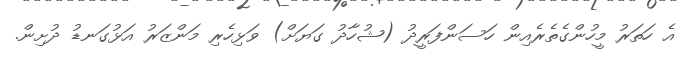
އެ ހަތަރު މީހުންގެތެރެއިން ހަސަންފަރީދު (ޝުހާދު ގަޔަށް) ވަޅިހެރި މަންޒަރު އަޅުގަނޑު ދުށިން.